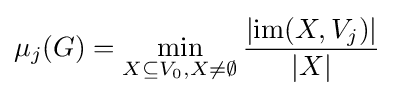
\mu _{j}(G)=\min _{X\subseteq V_{0},X\neq \emptyset }{\frac {|{\text{im}}(X,V_{j})|}{|X|}}